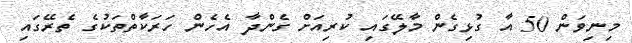
މިނިވަން 50 އާ ގުޅިގެން މާލޭގައި ކުރިއަށް ގެންދާ އެހެން ހަރަކާތްތަކުގެ ތެރޭގައި